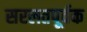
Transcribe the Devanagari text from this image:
सरलतपूर्वक